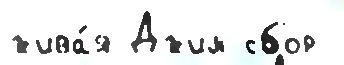
жива́я Джим сбор